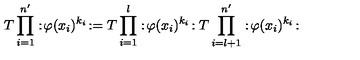
T \prod _ { i = 1 } ^ { n ^ { \prime } } : \! \varphi ( x _ { i } ) ^ { k _ { i } } \! : = T \prod _ { i = 1 } ^ { l } : \! \varphi ( x _ { i } ) ^ { k _ { i } } \! : T \prod _ { i = l + 1 } ^ { n ^ { \prime } } : \! \varphi ( x _ { i } ) ^ { k _ { i } } \! :